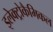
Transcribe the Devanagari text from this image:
इलेक्ट्रोकैमिकल